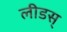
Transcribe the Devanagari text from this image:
लीडस्